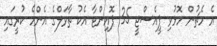
އެ މެޗުން މޮޅުވި ޕީއެސްޖީ 35 ޕޮއިންޓާ އެކު ތާވަލްގެ އެންމެ ކުރީގައި